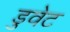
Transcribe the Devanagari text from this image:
डुवेट